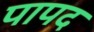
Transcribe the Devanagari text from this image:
पापद